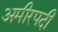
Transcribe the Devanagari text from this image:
अमीरपदी